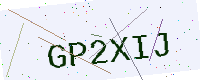
Text: GP2XIJ